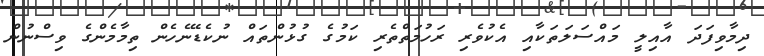
ދިމާވިފަދަ އާއިލީ މައްސަލަތަކާއި އެކުވެރި ރަހުމަތްތެރި ކަމުގެ ގުޅުންތައް ނުކެޑޭނެހެން ތިމާމެންގެ ވިސްނުން